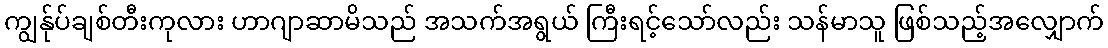
ကျွန်ုပ်ချစ်တီးကုလား ဟာဂျာဆာမိသည် အသက်အရွယ် ကြီးရင့်သော်လည်း သန်မာသူ ဖြစ်သည့်အလျှောက်